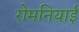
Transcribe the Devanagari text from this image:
रोमनियाई